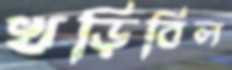
খড়িবিল